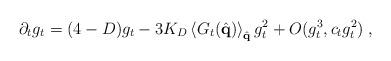
LaTeX: \begin{align*}\partial_t g_t = ( 4 - D) g_t - 3 K_D \left\langle G_t ( \hat{\bf{q}} ) \right\rangle_{\hat{\bf{q}}} g_t^2 + O ( g_t^3 , c_t g_t^2) \; ,\end{align*}